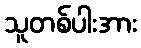
သူတစ်ပါးအား